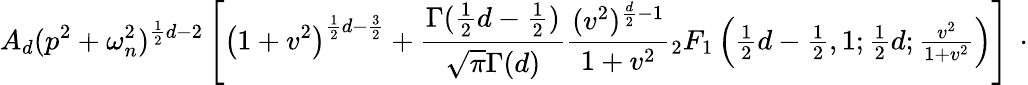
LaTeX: A_{d}(p^{2}+\omega_{n}^{2})^{\frac{1}{2}d-2}\left[\left(1+v^{2}\right)^{\frac{1}{2}d-\frac{3}{2}}+\frac{\Gamma(\frac{1}{2}d-\frac{1}{2})}{\sqrt{\pi}\Gamma(d)}\frac{(v^{2})^{\frac{d}{2}-1}}{1+v^{2}}{}_{2}F_{1}\left(\textstyle{{\frac{1}{2}d-\frac{1}{2},1;\frac{1}{2}d;\frac{v^{2}}{1+v^{2}}}}\right)\right]\, \ \cdot